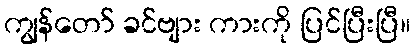
ကျွန်တော် ခင်ဗျား ကားကို ပြင်ပြီးပြီ။